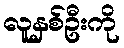
လူနှစ်ဦးကို